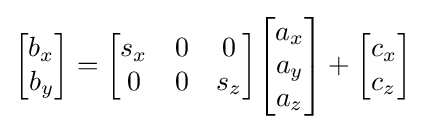
{\begin{bmatrix}b_{x}\\b_{y}\end{bmatrix}}={\begin{bmatrix}s_{x}&0&0\\0&0&s_{z}\end{bmatrix}}{\begin{bmatrix}a_{x}\\a_{y}\\a_{z}\end{bmatrix}}+{\begin{bmatrix}c_{x}\\c_{z}\end{bmatrix}}